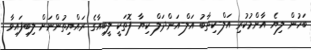
ބަހުން ލިޔެ އާންމުކުރި އަލް-ކިތާބު އަލް-އަންދަލް ކިޔާ ފޮތަކީ ލީބިއާގެ ރައްޔިތުންނަށް ލިބިފައިވާ